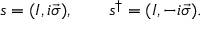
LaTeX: s = ( I , i \vec { \sigma } ) , \qquad s ^ { \dagger } = ( I , - i \vec { \sigma } ) .